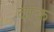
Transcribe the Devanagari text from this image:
दाकु